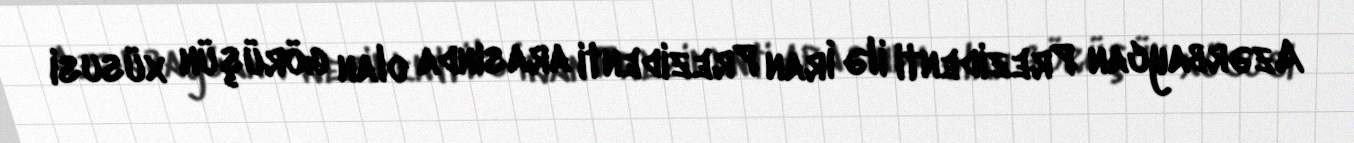
Azərbaycan Prezidenti ilə İran Prezidenti arasında olan görüşün xüsusi